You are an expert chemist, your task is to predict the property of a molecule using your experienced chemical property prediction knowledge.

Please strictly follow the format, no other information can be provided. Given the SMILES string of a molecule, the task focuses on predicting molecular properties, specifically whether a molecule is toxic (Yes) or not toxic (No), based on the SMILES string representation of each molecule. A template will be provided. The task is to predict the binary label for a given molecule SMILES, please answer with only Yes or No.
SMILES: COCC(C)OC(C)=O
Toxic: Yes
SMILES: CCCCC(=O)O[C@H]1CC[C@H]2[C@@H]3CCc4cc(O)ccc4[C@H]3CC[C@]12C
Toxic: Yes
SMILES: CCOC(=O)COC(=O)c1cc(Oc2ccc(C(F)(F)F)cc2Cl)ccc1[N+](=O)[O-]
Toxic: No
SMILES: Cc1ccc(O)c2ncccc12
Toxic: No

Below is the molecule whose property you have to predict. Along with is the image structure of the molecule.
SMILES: CC(Cl)(Cl)C(=O)[O-]
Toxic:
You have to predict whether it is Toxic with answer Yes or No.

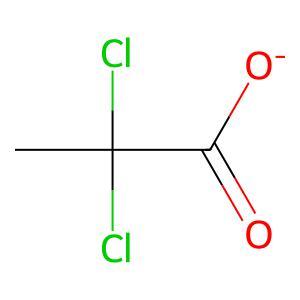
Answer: No